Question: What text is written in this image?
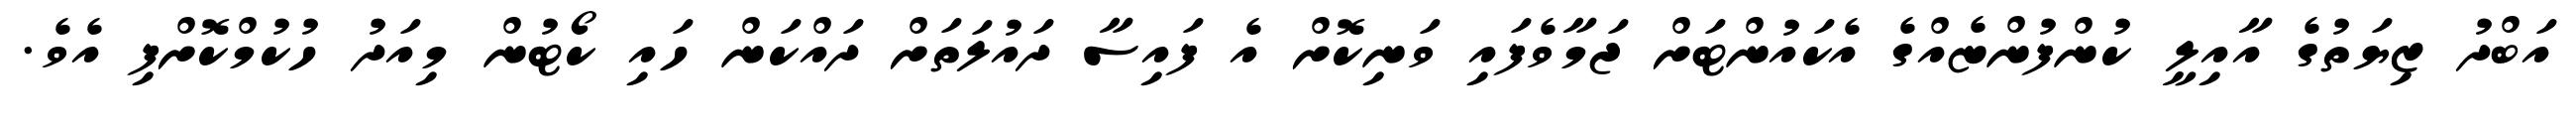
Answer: އަބްދު ޒިޔަތުގެ އާއިލީ ކުންފުންޏެއްގެ އެކައުންޓަށް ޖަމާވެފައި ވަނިކޮށް އެ ފައިސާ ދައުލަތަށް ދައްކަން ހައި ކޯޓުން މިއަދު ހުކުމްކޮށްފި އެވެ.